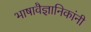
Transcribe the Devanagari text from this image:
भाषावैज्ञानिकांनी